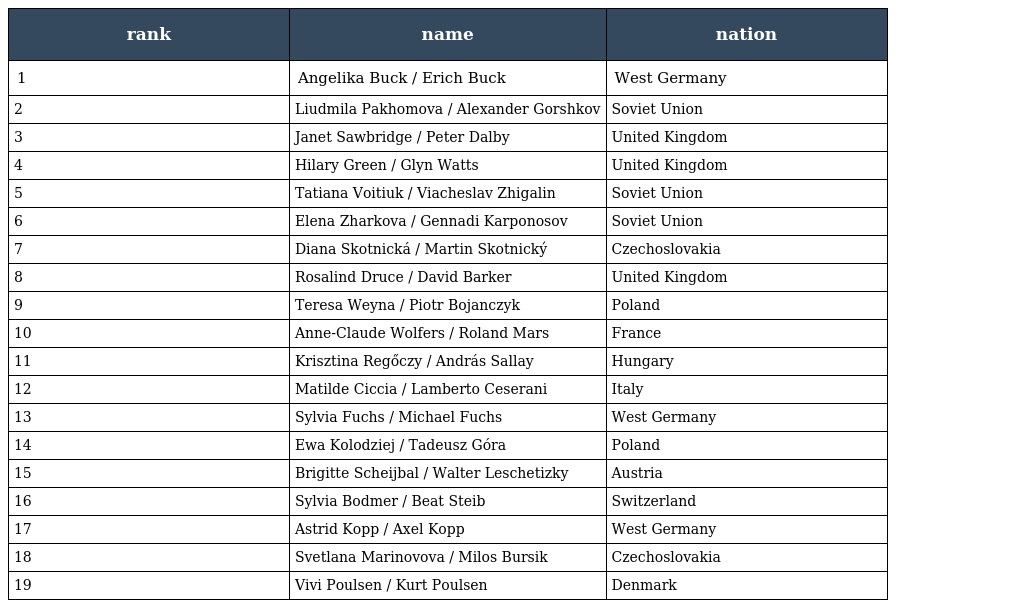
| rank | name | nation |
 | --- | --- | --- |
 | 1 | Angelika Buck / Erich Buck | West Germany |
 | 2 | Liudmila Pakhomova / Alexander Gorshkov | Soviet Union |
 | 3 | Janet Sawbridge / Peter Dalby | United Kingdom |
 | 4 | Hilary Green / Glyn Watts | United Kingdom |
 | 5 | Tatiana Voitiuk / Viacheslav Zhigalin | Soviet Union |
 | 6 | Elena Zharkova / Gennadi Karponosov | Soviet Union |
 | 7 | Diana Skotnická / Martin Skotnický | Czechoslovakia |
 | 8 | Rosalind Druce / David Barker | United Kingdom |
 | 9 | Teresa Weyna / Piotr Bojanczyk | Poland |
 | 10 | Anne-Claude Wolfers / Roland Mars | France |
 | 11 | Krisztina Regőczy / András Sallay | Hungary |
 | 12 | Matilde Ciccia / Lamberto Ceserani | Italy |
 | 13 | Sylvia Fuchs / Michael Fuchs | West Germany |
 | 14 | Ewa Kolodziej / Tadeusz Góra | Poland |
 | 15 | Brigitte Scheijbal / Walter Leschetizky | Austria |
 | 16 | Sylvia Bodmer / Beat Steib | Switzerland |
 | 17 | Astrid Kopp / Axel Kopp | West Germany |
 | 18 | Svetlana Marinovova / Milos Bursik | Czechoslovakia |
 | 19 | Vivi Poulsen / Kurt Poulsen | Denmark |